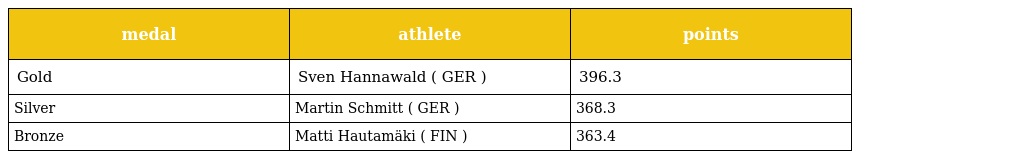
| medal | athlete | points |
 | --- | --- | --- |
 | Gold | Sven Hannawald ( GER ) | 396.3 |
 | Silver | Martin Schmitt ( GER ) | 368.3 |
 | Bronze | Matti Hautamäki ( FIN ) | 363.4 |